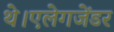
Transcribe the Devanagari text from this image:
थे।एलेगजेंडर